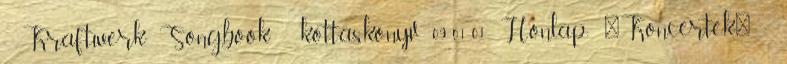
- Kraftwerk Songbook - kottáskönyv 09-01-01 Honlap: 'Koncertek' -